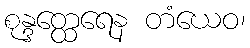
စုန္ဒတ္ထေရေန တံယေဝ၊